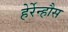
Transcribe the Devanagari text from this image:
हेर्रेन्हौस